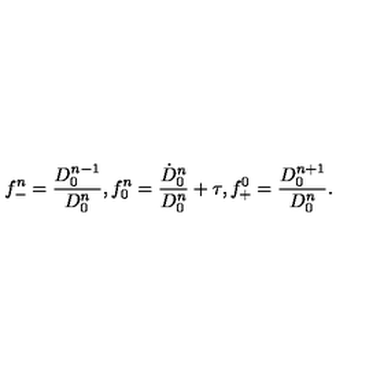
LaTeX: f _ { - } ^ { n } = \frac { D _ { 0 } ^ { n - 1 } } { D _ { 0 } ^ { n } } , f _ { 0 } ^ { n } = \frac { \dot { D } _ { 0 } ^ { n } } { D _ { 0 } ^ { n } } + \tau , f _ { + } ^ { 0 } = \frac { D _ { 0 } ^ { n + 1 } } { D _ { 0 } ^ { n } } .